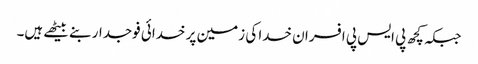
جبکہ کچھ پی ایس پی افسران خدا کی زمین پر خدائی فوجدار بنے بیٹھے ہیں۔